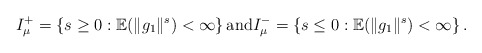
\begin{align*}I_{\mu}^+ = \left\{ s \geq 0: \mathbb{E}(\|g_1\|^{s}) < \infty \right\}\mbox{and} I_{\mu}^- = \left\{ s \leq 0: \mathbb{E}(\|g_1\|^{s}) < \infty \right\}. \end{align*}